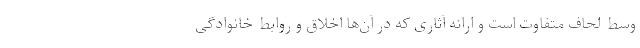
وسط لحاف متفاوت است و ارائه آثاری که در آن‌ها اخلاق و روابط خانوادگی